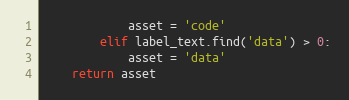
Language: Python
            asset = 'code'
        elif label_text.find('data') > 0:
            asset = 'data'
    return asset